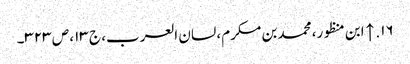
۱۶. ↑ ابن منظور، محمد بن مکرم، لسان العرب، ج ۱۳، ص ۳۲۳۔